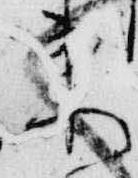
来